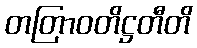
တတြာဝတိဋ္ဌတီတိ